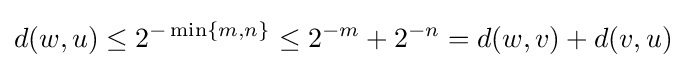
d(w,u)\leq 2^{-\min\{m,n\}}\leq 2^{-m}+2^{-n}=d(w,v)+d(v,u)